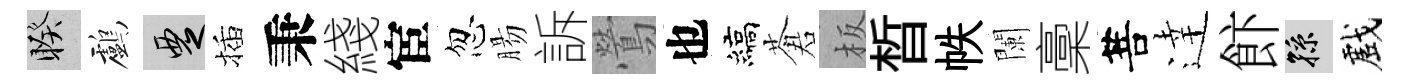
睽鸕覂插秉綫宦忽腸訴鶯也縞蒼板晳帙闌稾菩逹飰孫戲